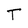
Character: T